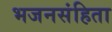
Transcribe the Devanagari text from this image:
भजनसंहिता